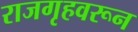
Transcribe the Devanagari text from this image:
राजगृहवरून